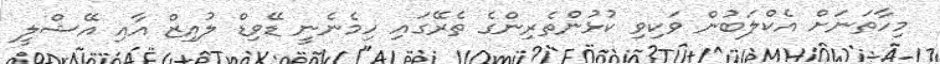
މިހާތަނަށް އެކްލަބުން ވަކިވި ކުޅުންތެރިންގެ ތެރޭގައި ހިމެނެނީ ޑޭވިޑް ލުއިޒް އާއި އޭޝްލީ